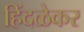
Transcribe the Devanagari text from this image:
हिंदळेकर